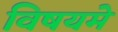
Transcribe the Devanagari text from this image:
विषयमे